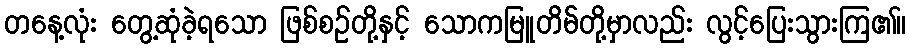
တနေ့လုံး တွေ့ဆုံခဲ့ရသော ဖြစ်စဉ်တို့နှင့် သောကမြူတိမ်တို့မှာလည်း လွင့်ပြေးသွားကြ၏။